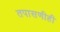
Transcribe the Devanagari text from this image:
तपासणीही